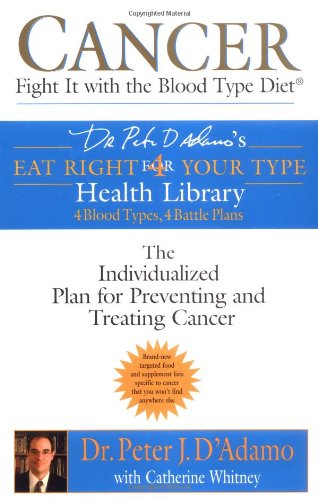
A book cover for Cancer: Fight It with the Blood Type Diet (Eat Right for Your Type Health Library); Dr. Peter J. D'Adamo; Health, Fitness & Dieting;